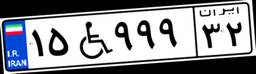
۱۵W۹۹۹۳۲